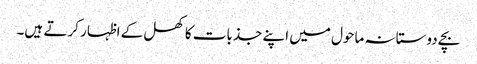
بچے دوستانہ ماحول میں اپنے جذبات کا کھل کے اظہار کرتے ہیں۔